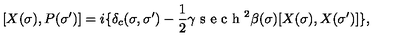
[ X ( \sigma ) , P ( \sigma ^ { \prime } ) ] = i \{ \delta _ { c } ( \sigma , \sigma ^ { \prime } ) - \frac { 1 } { 2 } \gamma \textrm { s e c h } ^ { 2 } \beta ( \sigma ) [ X ( \sigma ) , X ( \sigma ^ { \prime } ) ] \} ,